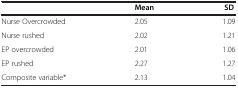
|  | Mean | SD |
 | --- | --- | --- |
 | Nurse Overcrowded | 2.05 | 1.09 |
 | Nurse rushed | 2.02 | 1.21 |
 | EP overcrowded | 2.01 | 1.06 |
 | EP rushed | 2.27 | 1.27 |
 | Composite variable* | 2.13 | 1.04 |